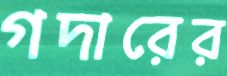
গদারের